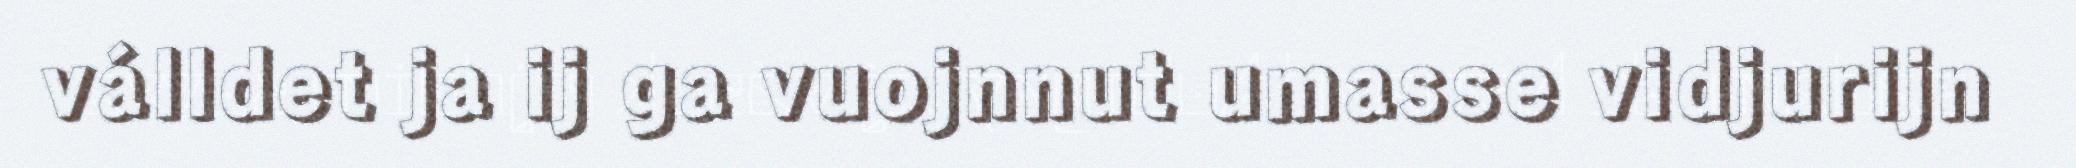
válldet ja ij ga vuojnnut umasse vidjurijn